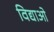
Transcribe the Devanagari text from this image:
विद्याओ